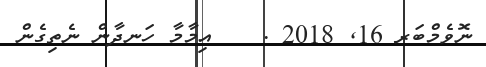
ނޮވެމްބަރ 16